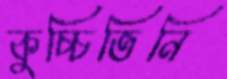
কুচ্চিতিনি